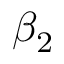
\beta _ { 2 }